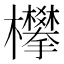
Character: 𣡄